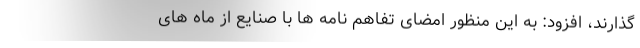
گذارند، افزود: به این منظور امضای تفاهم نامه ها با صنایع از ماه های